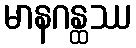
မာနဂန္ထဿ